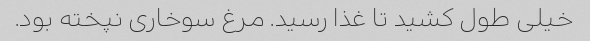
خیلی طول کشید تا غذا رسید. مرغ سوخاری نپخته بود.